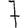
Digit: 7